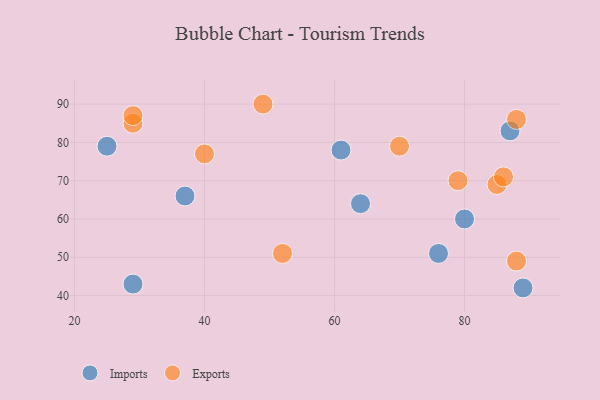
{"axis": {"x": "GDP", "y": "Life Expectancy"}, "legend": ["Exports", "Imports"], "data": [{"x": "89", "y": 42, "type": "Imports"}, {"x": "37", "y": 66, "type": "Imports"}, {"x": "80", "y": 60, "type": "Imports"}, {"x": "87", "y": 83, "type": "Imports"}, {"x": "76", "y": 51, "type": "Imports"}, {"x": "25", "y": 79, "type": "Imports"}, {"x": "64", "y": 64, "type": "Imports"}, {"x": "29", "y": 43, "type": "Imports"}, {"x": "61", "y": 78, "type": "Imports"}, {"x": "29", "y": 85, "type": "Exports"}, {"x": "85", "y": 69, "type": "Exports"}, {"x": "86", "y": 71, "type": "Exports"}, {"x": "79", "y": 70, "type": "Exports"}, {"x": "88", "y": 86, "type": "Exports"}, {"x": "40", "y": 77, "type": "Exports"}, {"x": "29", "y": 87, "type": "Exports"}, {"x": "88", "y": 49, "type": "Exports"}, {"x": "49", "y": 90, "type": "Exports"}, {"x": "52", "y": 51, "type": "Exports"}, {"x": "70", "y": 79, "type": "Exports"}]}